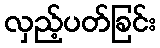
လှည့်ပတ်ခြင်း